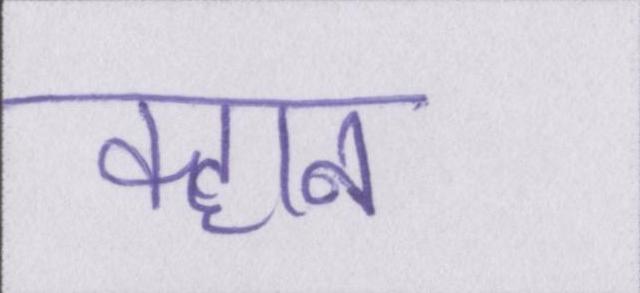
क्हान